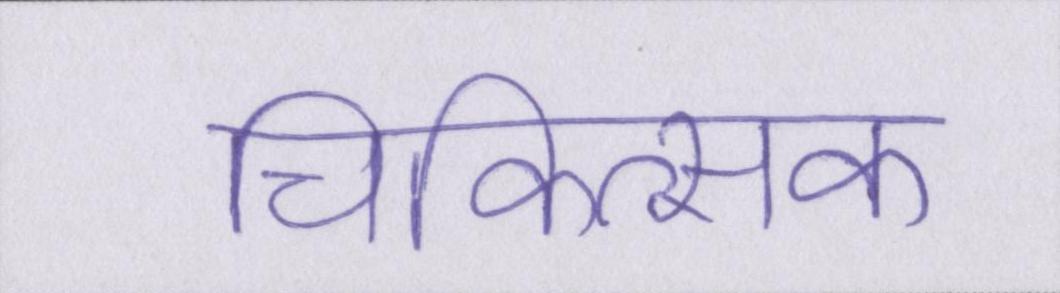
चिकित्सक